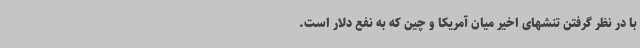
با در نظر گرفتن تنشهای اخیر میان آمریکا و چین که به نفع دلار است.